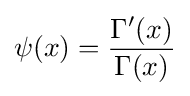
\psi (x)={\frac {\Gamma '(x)}{\Gamma (x)}}